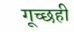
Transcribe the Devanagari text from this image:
गूच्छही